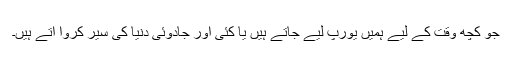
جو کچھ وقت کے لیے ہمیں یورپ لیے جاتے ہیں یا کئی اور جادوئی دنیا کی سیر کروا آتے ہیں۔